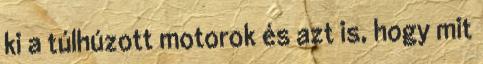
ki a túlhúzott motorok és azt is, hogy mit